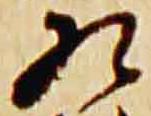
相